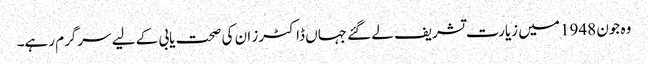
وہ جون 1948 میں زیارت تشریف لے گئے جہاں ڈاکٹرز ان کی صحت یابی کے لیے سرگرم رہے۔